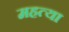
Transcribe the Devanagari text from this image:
महत्या